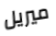
ميريل